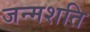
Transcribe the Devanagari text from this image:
जन्मशति